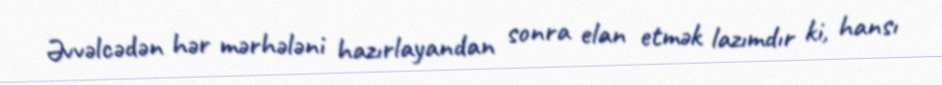
Əvvəlcədən hər mərhələni hazırlayandan sonra elan etmək lazımdır ki, hansı